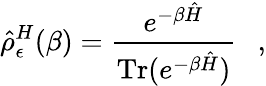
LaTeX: \hat{\rho}_{\epsilon}^{H}(\beta)={\frac{e^{-\beta\hat{H}}}{\mathrm{Tr}(e^{-\beta\hat{H}})}}~~~,